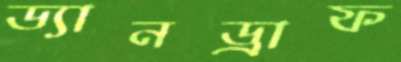
ড্যানড্রাফ